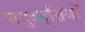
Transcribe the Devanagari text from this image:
मनुस्मृतियों